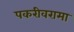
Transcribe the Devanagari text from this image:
पकरीवरामा